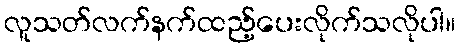
လူသတ်လက်နက်ထည့်ပေးလိုက်သလိုပါ။